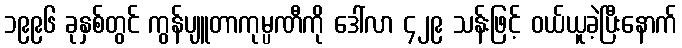
၁၉၉၆ ခုနှစ်တွင် ကွန်ပျူတာကုမ္ပဏီကို ဒေါ်လာ ၄၂၉ သန်းဖြင့် ဝယ်ယူခဲ့ပြီးနောက်